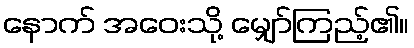
နောက် အဝေးသို့ မျှော်ကြည့်၏။